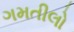
ગમતીલો